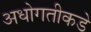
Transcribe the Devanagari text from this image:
अधोगतीकडे